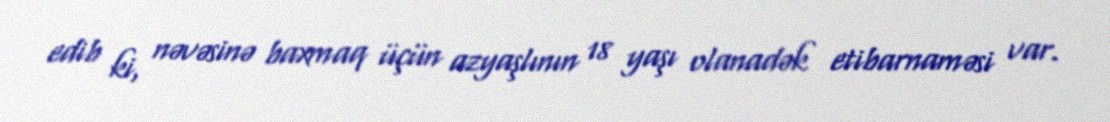
edib ki, nəvəsinə baxmaq üçün azyaşlının 18 yaşı olanadək etibarnaməsi var.